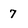
Character: 7